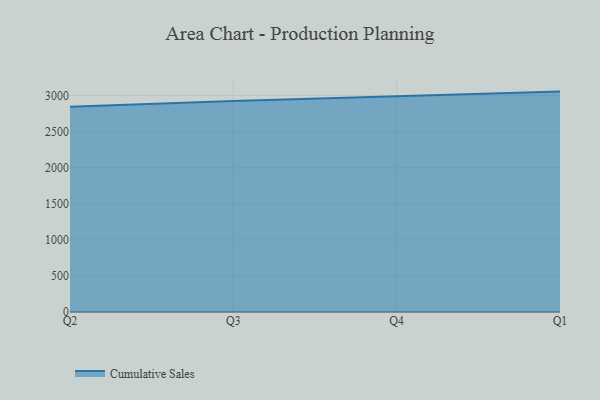
{"axis": {"x": "Quarter", "y": "Energy Usage (MWh)"}, "legend": ["Cumulative Sales"], "data": [{"x": "Q2", "y": 2845.2, "type": "Cumulative Sales"}, {"x": "Q3", "y": 2923.7, "type": "Cumulative Sales"}, {"x": "Q4", "y": 2988.1, "type": "Cumulative Sales"}, {"x": "Q1", "y": 3054.1, "type": "Cumulative Sales"}]}